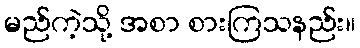
မည်ကဲ့သို့ အစာ စားကြသနည်း။